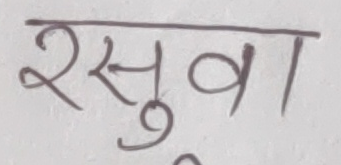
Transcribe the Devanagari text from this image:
रसुवा